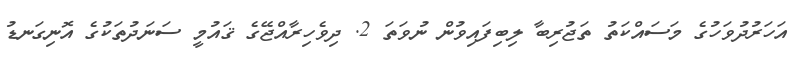
އަހަރުދުވަހުގެ މަސައްކަތު ތަޖުރިބާ ލިބިފައިވުން ނުވަތަ 2. ދިވެހިރާއްޖޭގެ ޤައުމީ ސަނަދުތަކުގެ އޮނިގަނޑު